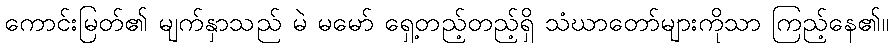
ကောင်းမြတ်၏ မျက်နှာသည် မဲ မမော် ရှေ့တည့်တည့်ရှိ သံဃာတော်များကိုသာ ကြည့်နေ၏။